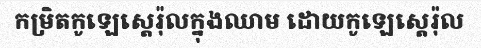
កម្រិតកូឡេស្តេរ៉ុលក្នុងឈាម ដោយកូឡេស្តេរ៉ុល